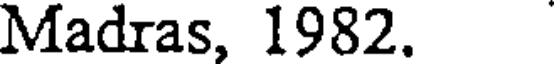
Madras, 1982.